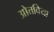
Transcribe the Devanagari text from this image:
ओत्तविया